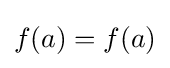
f(a)=f(a)